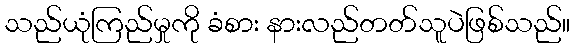
သည်ယုံကြည်မှုကို ခံစား နားလည်တတ်သူပဲဖြစ်သည်။